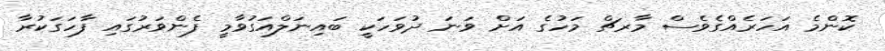
ކޮންމެ އަހަރެއްގެވެސް މާރޗް މަހުގެ އަށް ވަނަ ދުވަހަކީ ބައިނަލްއަގުވާމީ ފެންވަރުގައި ފާހަގަކުރާ